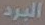
البرد